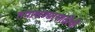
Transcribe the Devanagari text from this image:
तपासण्यासाठीची